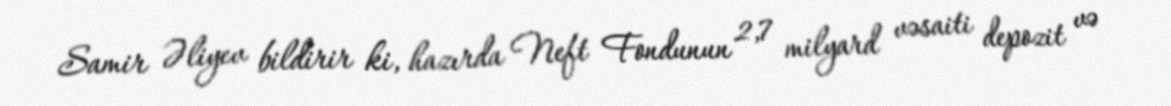
Samir Əliyev bildirir ki, hazırda Neft Fondunun 2,7 milyard vəsaiti depozit və